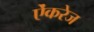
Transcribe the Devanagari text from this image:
ऐंकरेज